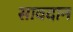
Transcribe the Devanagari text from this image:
सावदान